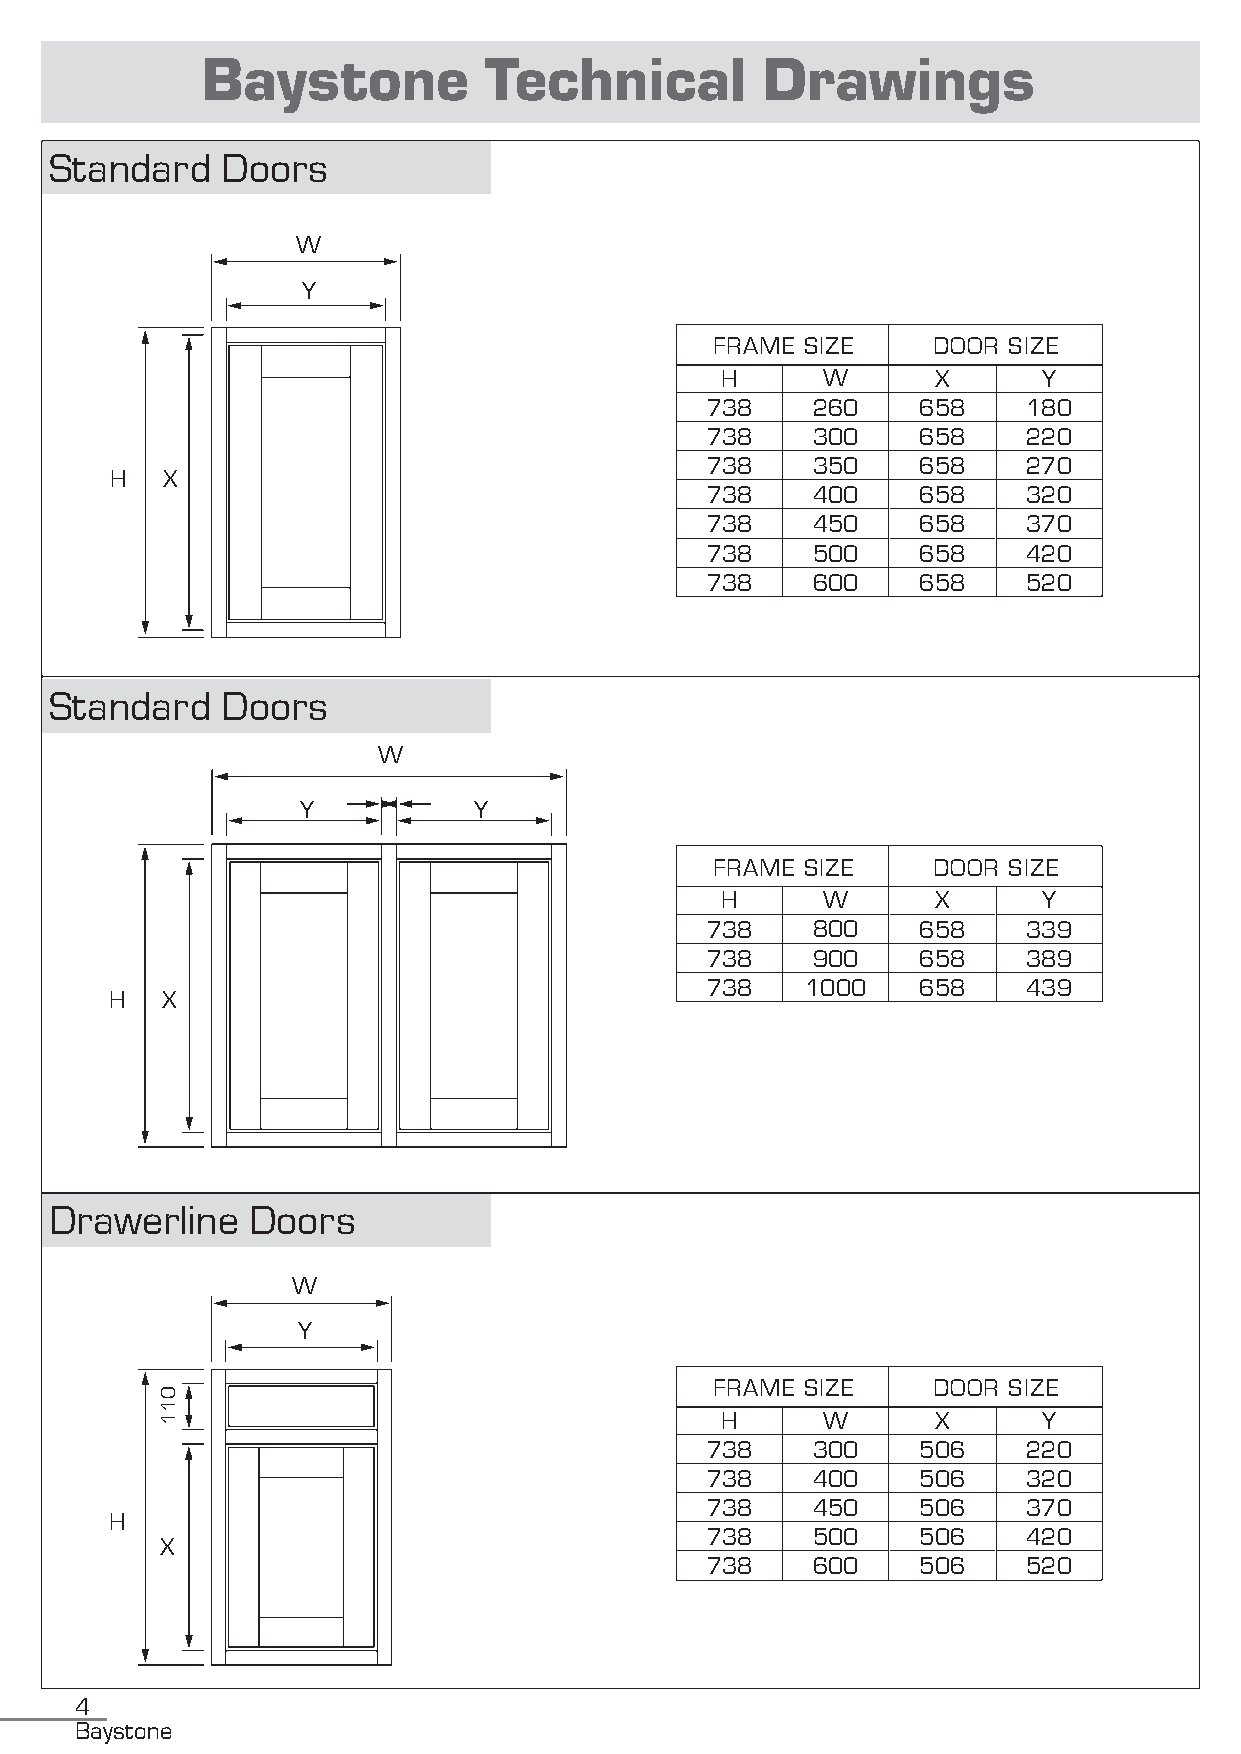
Baystone           Technical         Drawings
 Standard    Doors
 W
 Y
 FRAME SIZE     DOOR SIZE
 H     W       X      Y
 738    260    658    180
 738    300    658    220
 738    350    658    270
 H   X
 738    400    658    320
 738    450    658    370
 738    500    658    420
 738    600    658    520
 Standard    Doors
 W
 Y          Y
 FRAME SIZE     DOOR SIZE
 H     W       X      Y
 738    800    658    339
 738    900    658    389
 738   1000    658    439
 H   X
 Drawerline   Doors
 W
 Y
 FRAME SIZE     DOOR SIZE
 H     W       X      Y
 738    300    506    220
 738    400    506    320
 738    450    506    370
 H
 738    500    506    420
 X
 738    600    506    520
 4
 Baystone
 011